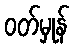
ဝတ်မှုန်